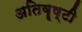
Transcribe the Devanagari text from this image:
अतिवॄष्टी